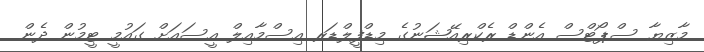
މާޒިޔާ ސްޕޯޓްސް އެންޑް ރެކްރިއޭޝަނުގެ މިޑްފީލްޑަރ އިސްމާއިލް އީސައަށް ގައުމީ ޓީމުން ދެން